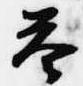
答